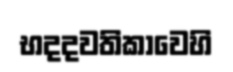
භදදවතිකාවෙහි